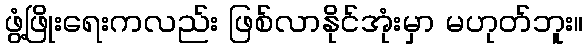
ဖွံ့ဖြိုးရေးကလည်း ဖြစ်လာနိုင်အုံးမှာ မဟုတ်ဘူး။